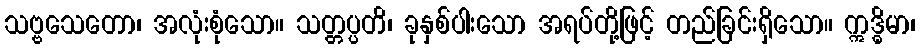
သဗ္ဗသေတော၊ အလုံးစုံသော။ သတ္တပ္ပတိ၊ ခုနှစ်ပါးသော အရပ်တို့ဖြင့် တည်ခြင်းရှိသော။ ဣဒ္ဓိမာ၊